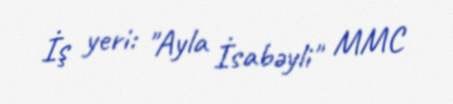
İş yeri: "Ayla İsabəyli" MMC